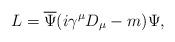
LaTeX: \begin{align*}L=\overline{\Psi }(i\gamma ^{\mu }D_{\mu }-m)\Psi ,\end{align*}